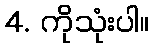
4. ကိုသုံးပါ။